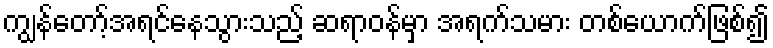
ကျွန်တော့်အရင်နေသွားသည့် ဆရာဝန်မှာ အရက်သမား တစ်ယောက်ဖြစ်၍